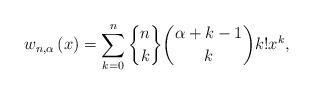
LaTeX: \begin{align*}w_{n,\alpha}\left( x\right) =\sum_{k=0}^{n}\genfrac{\{}{\}}{0pt}{}{n}{k}\binom{\alpha+k-1}{k}k!x^{k}, \end{align*}